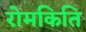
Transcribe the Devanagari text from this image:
रोमकिति